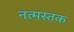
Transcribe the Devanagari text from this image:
नत्मस्तक